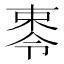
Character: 𪲥